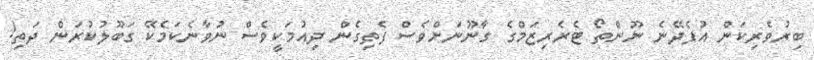
ބިރުވެރިކަން އުފެދޭނެ ނޫންތޯ ޓެރެރިޒަމްގެ ގާނޫނަށްވެސް ފެތިގެން ދިއުމަކީވެސް ނުވާނެކަމެކޭ ގަބޫލުކުރަން ދަތި!